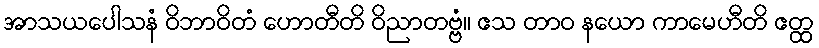
အာသယပေါသနံ ဝိဘာဝိတံ ဟောတီတိ ဝိညာတဗ္ဗံ။ ဧသ တာဝ နယော ကာမေဟီတိ ဧတ္ထ